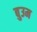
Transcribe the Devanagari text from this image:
बुउम